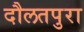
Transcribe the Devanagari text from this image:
दौलतपुरा